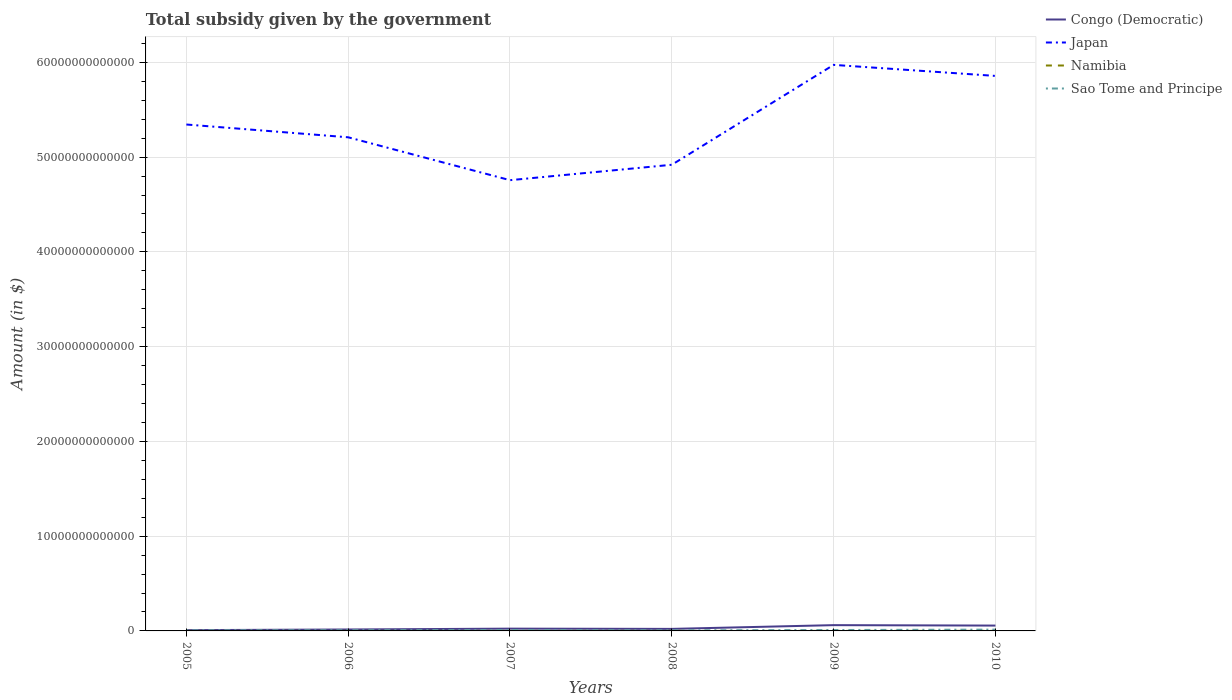
| Years | Congo (Democratic) | Japan | Namibia | Sao Tome and Principe |
 | --- | --- | --- | --- | --- |
 | 2005 | 8.19e+10 | 5.34e+13 | 1.23e+09 | 5.85e+10 |
 | 2006 | 1.52e+11 | 5.21e+13 | 1.3e+09 | 7.33e+10 |
 | 2007 | 2.41e+11 | 4.76e+13 | 1.99e+09 | 9.39e+10 |
 | 2008 | 2.14e+11 | 4.92e+13 | 5.21e+09 | 6.06e+10 |
 | 2009 | 6.1e+11 | 5.97e+13 | 5.81e+09 | 9.66e+10 |
 | 2010 | 5.64e+11 | 5.86e+13 | 7.49e+09 | 1.37e+11 |